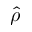
\widehat \rho